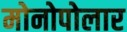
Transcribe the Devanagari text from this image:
मोनोपोलार